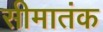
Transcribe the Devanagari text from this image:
सीमातंक